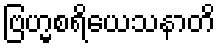
ဗြဟ္မစရိယေသနာတိ